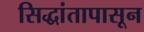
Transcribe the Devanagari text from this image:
सिद्धांतापासून